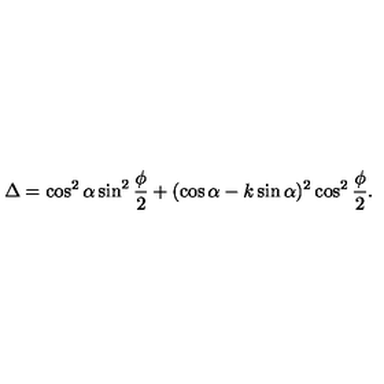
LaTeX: \Delta = \cos ^ { 2 } \alpha \sin ^ { 2 } \frac \phi 2 + ( \cos \alpha - k \sin \alpha ) ^ { 2 } \cos ^ { 2 } \frac \phi 2 .